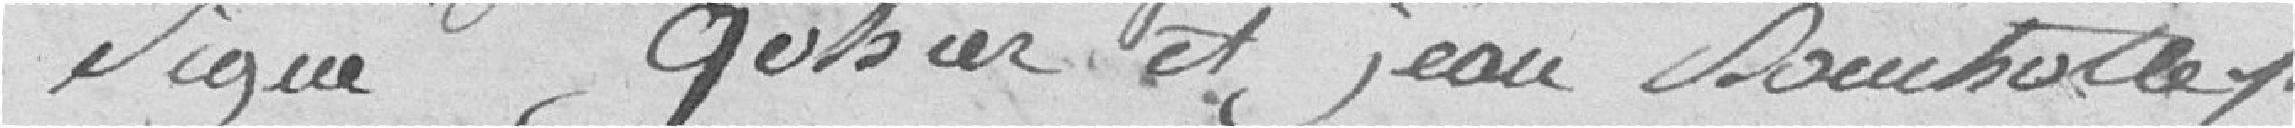
Signé Gothier et Jean Douchotte